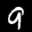
Label: 9